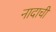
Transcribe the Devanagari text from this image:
नादाची